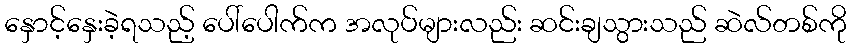
နှောင့်နှေးခဲ့ရသည့် ပေါ်ပေါက်က အလုပ်များလည်း ဆင်းချသွားသည် ဆဲလ်တစ်ကို